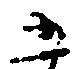
五